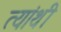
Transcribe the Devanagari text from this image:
त्यांथी